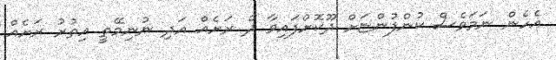
އެހެން ނަމަވެސް ކުންފުންޏަށް ދޫކޮށްފައިވާ ދެ ރަށެއް އަދި ނުނިމޭތީ އިތުރު ރަށެއް